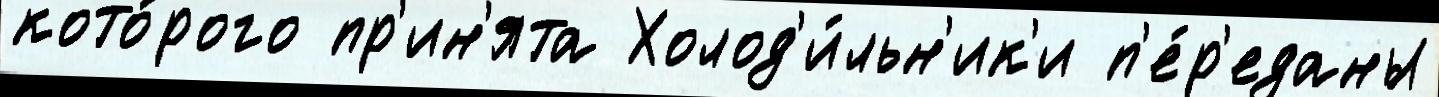
кото́рого пр'ин'ята Холод'и́льн'ик'и п'е́р'еданы